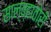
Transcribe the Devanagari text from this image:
साल्व्हातोरी